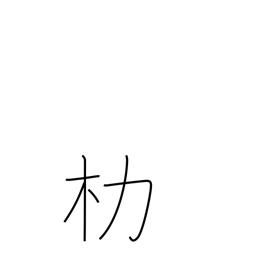
Meaning: carrying pole